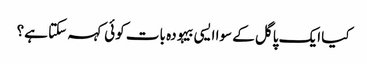
کیا ایک پاگل کے سوا ایسی بیہودہ بات کوئی کہہ سکتا ہے؟